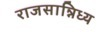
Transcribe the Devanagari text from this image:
राजसान्निध्य